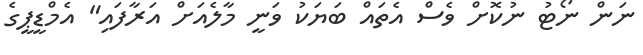
ނަން ނޯޓު ނުކޮށް ވެސް އެތައް ބަޔަކު ވަނީ މާލެއަށް އަރާފައި" އެމްޑީޕީގެ